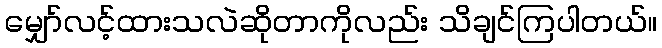
မျှော်လင့်ထားသလဲဆိုတာကိုလည်း သိချင်ကြပါတယ်။